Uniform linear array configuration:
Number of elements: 64
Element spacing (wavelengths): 0.75
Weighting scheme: exponential
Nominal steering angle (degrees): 60
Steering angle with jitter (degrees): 61.167
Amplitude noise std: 0.05
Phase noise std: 0.05

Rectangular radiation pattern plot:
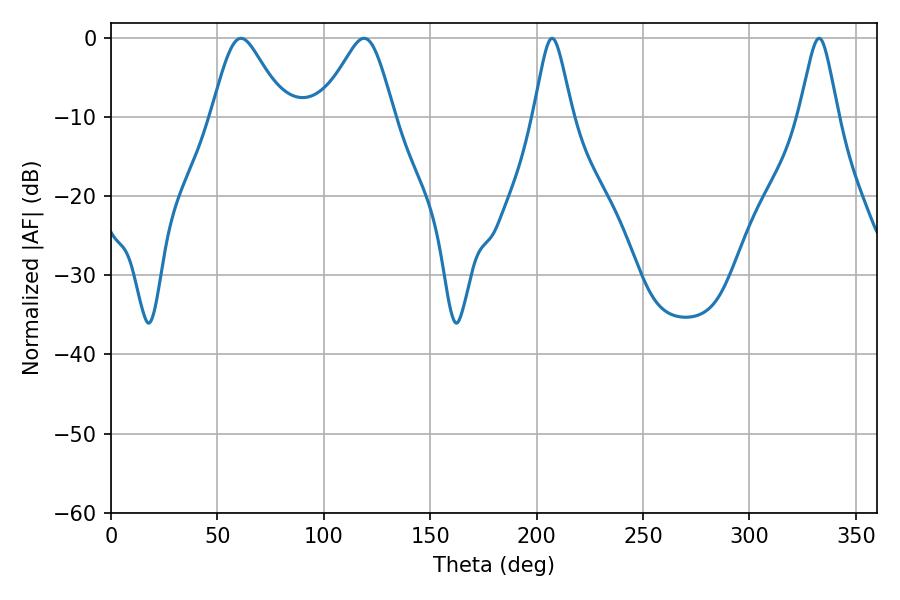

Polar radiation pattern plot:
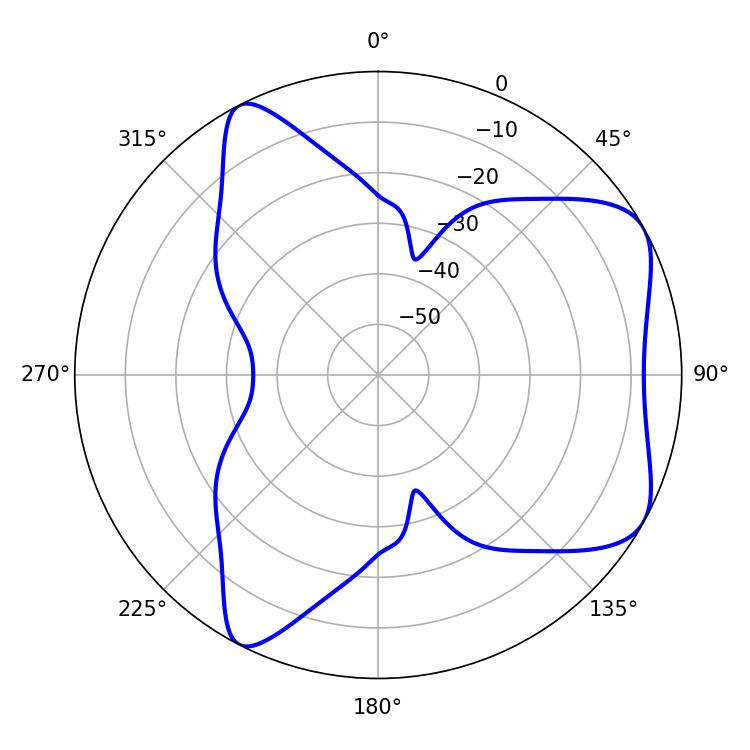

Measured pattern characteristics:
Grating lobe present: TRUE
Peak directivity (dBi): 6.233
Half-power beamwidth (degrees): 16.74
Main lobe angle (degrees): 61.02